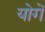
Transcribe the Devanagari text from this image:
योगें